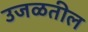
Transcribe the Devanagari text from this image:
उजळतील